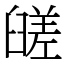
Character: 䑘